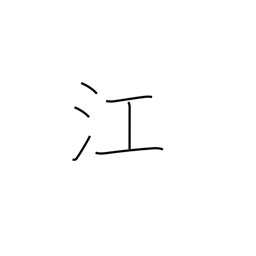
Meaning: inlet